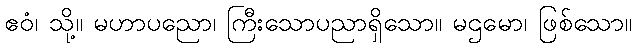
ဧဝံ၊ သို့။ မဟာပညော၊ ကြီးသောပညာရှိသော။ မဌမော၊ ဖြစ်သော။